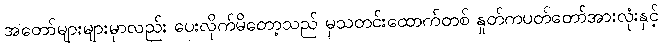
အတော်များများမှာလည်း ပေးလိုက်မိတော့သည် မှသတင်းထောက်တစ် နှုတ်ကပတ်တော်အားလုံးနှင့်